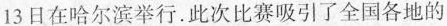
13日在哈尔滨举行.此次比赛吸引了全国各地的